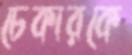
চেকারকে